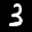
Label: 3